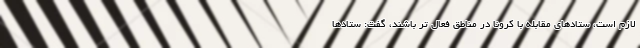
لازم است، ستادهای مقابله با کرونا در مناطق فعال تر باشند، گفت: ستادها